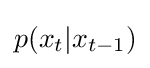
p(x_{t}|x_{t-1})